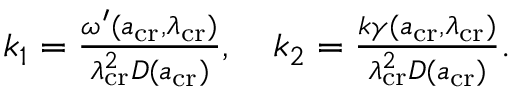
\begin{array} { r } { k _ { 1 } = \frac { \omega ^ { \prime } ( a _ { \mathrm { c r } } , \lambda _ { \mathrm { c r } } ) } { \lambda _ { \mathrm { c r } } ^ { 2 } D ( a _ { \mathrm { c r } } ) } , \quad k _ { 2 } = \frac { k \gamma ( a _ { \mathrm { c r } } , \lambda _ { \mathrm { c r } } ) } { \lambda _ { \mathrm { c r } } ^ { 2 } D ( a _ { \mathrm { c r } } ) } . } \end{array}